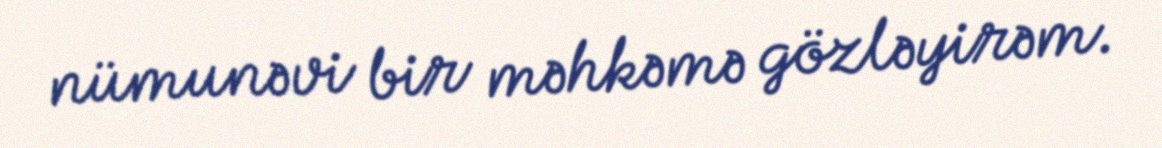
nümunəvi bir məhkəmə gözləyirəm.